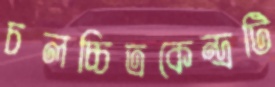
চলচ্চিত্রকেন্দ্রটি